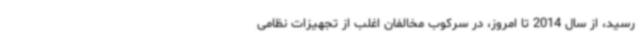
رسید، از سال 2014 تا امروز، در سرکوب مخالفان اغلب از تجهیزات نظامی